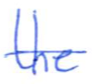
Text: the
Cross-out: mix
Writing tool: ballpoint